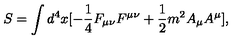
S = \int d ^ { 4 } x [ - \frac { 1 } { 4 } F _ { \mu \nu } F ^ { \mu \nu } + \frac { 1 } { 2 } m ^ { 2 } A _ { \mu } A ^ { \mu } ] ,